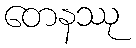
တေနဿု